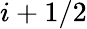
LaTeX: i+1/2